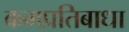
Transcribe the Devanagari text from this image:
कमप्रतिबाधा